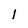
Character: l